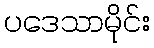
ပဒေသာမိုင်း